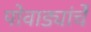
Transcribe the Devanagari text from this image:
पोवाड्यांचेे